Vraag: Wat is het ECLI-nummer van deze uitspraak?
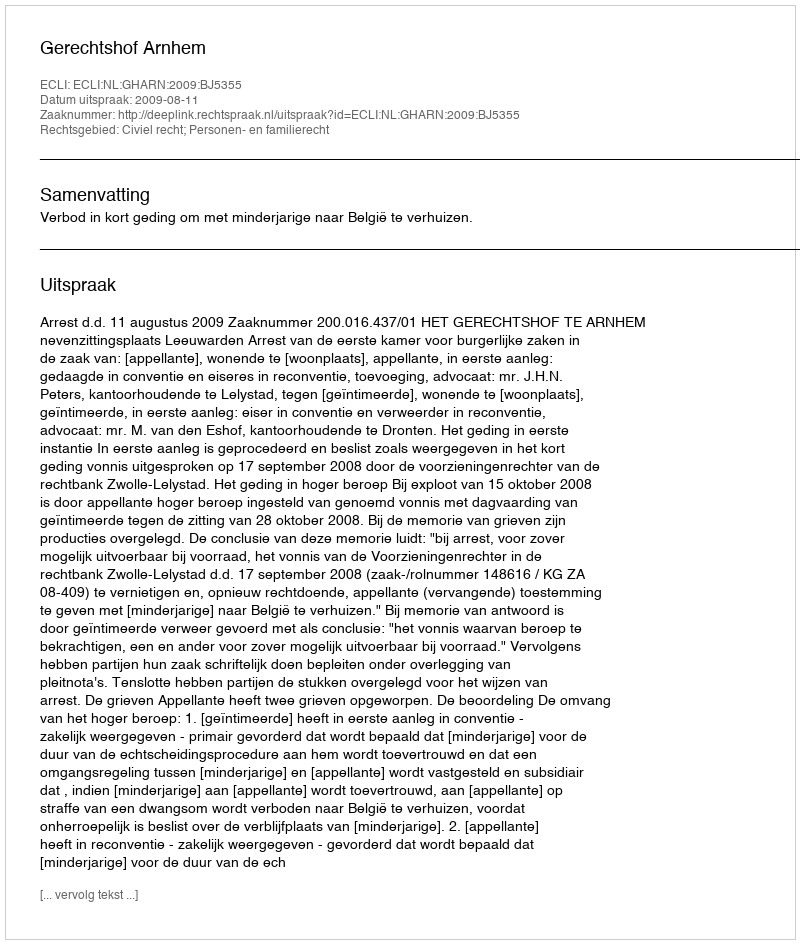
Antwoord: ECLI:NL:GHARN:2009:BJ5355